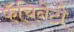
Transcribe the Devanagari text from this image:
फॅचिनेटी